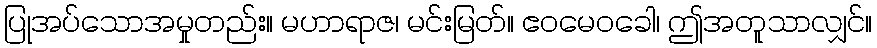
ပြုအပ်သောအမှုတည်း။ မဟာရာဇ၊ မင်းမြတ်။ ဧဝမေဝခေါ၊ ဤအတူသာလျှင်။